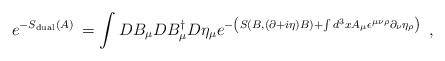
\begin{align*}e^{-S_{{\rm dual}}(A)\;}=\int DB_\mu DB_\mu ^{\dagger }D\eta _\mu e^{-\left(S(B,(\partial +i\eta )B)+\int d^3xA_\mu \epsilon ^{\mu \nu \rho }\partial_\nu \eta _\rho \right) \;}\;, \end{align*}